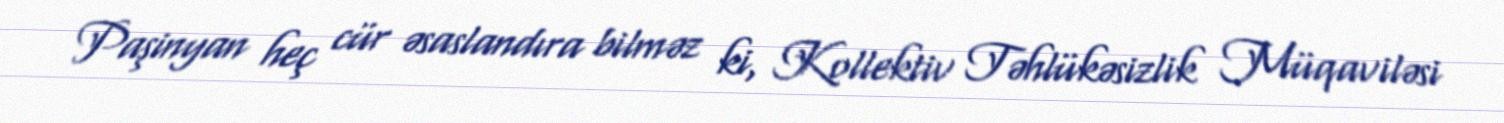
Paşinyan heç cür əsaslandıra bilməz ki, Kollektiv Təhlükəsizlik Müqaviləsi